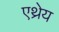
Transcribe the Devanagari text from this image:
एथ्रेय